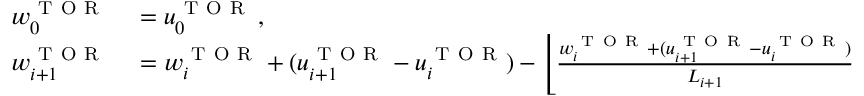
\begin{array} { r l } { w _ { 0 } ^ { \mathrm { ~ T ~ O ~ R ~ } } } & { { } = u _ { 0 } ^ { \mathrm { ~ T ~ O ~ R ~ } } \, , } \\ { w _ { i + 1 } ^ { \mathrm { ~ T ~ O ~ R ~ } } } & { { } = w _ { i } ^ { \mathrm { ~ T ~ O ~ R ~ } } + ( u _ { i + 1 } ^ { \mathrm { ~ T ~ O ~ R ~ } } - u _ { i } ^ { \mathrm { ~ T ~ O ~ R ~ } } ) - \left\lfloor \frac { w _ { i } ^ { \mathrm { ~ T ~ O ~ R ~ } } + ( u _ { i + 1 } ^ { \mathrm { ~ T ~ O ~ R ~ } } - u _ { i } ^ { \mathrm { ~ T ~ O ~ R ~ } } ) } { L _ { i + 1 } } + \frac { \alpha } { 2 } \right\rfloor L _ { i + 1 } \, . } \end{array}